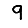
Digit: 9